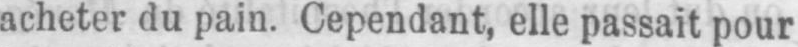
acheter du pain. Cependant, elle passait pour